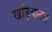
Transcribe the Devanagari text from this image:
खड़ियाठार